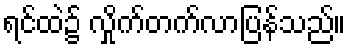
ရင်ထဲ၌ လှိုက်တက်လာပြန်သည်။